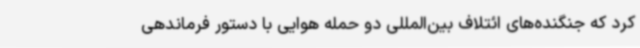
کرد که جنگنده‌های ائتلاف بین‌المللی دو حمله هوایی با دستور فرماندهی